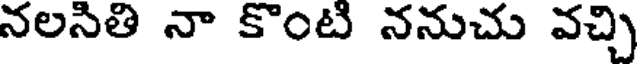
నలసితి నా కొంటి ననుచు వచ్చి